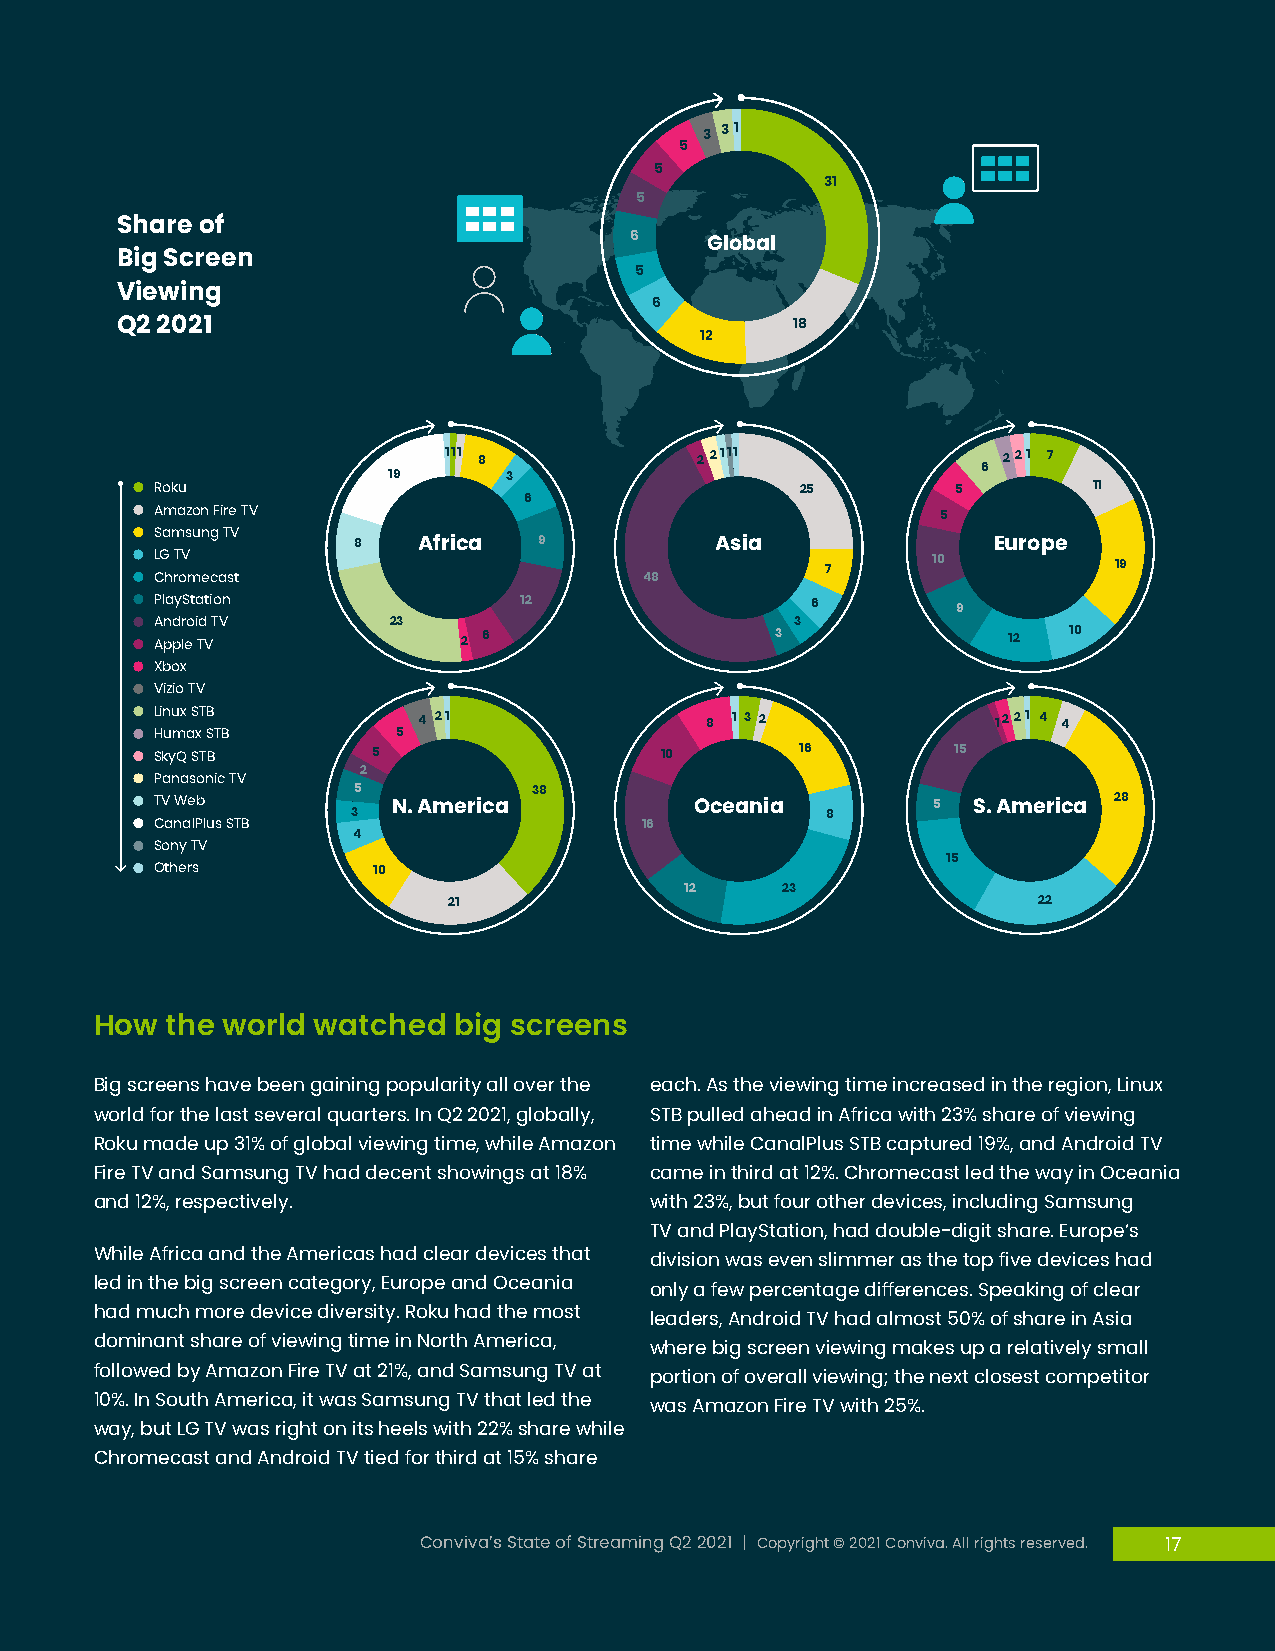
3
 31
 5
 5
 31
 5
 Share of
 6    Global
 Big Screen
 5
 Viewing
 6
 Q2 2021                                      18
 12
 111 8            22111               221 7
 6
 19      3
 Roku                                       25        5        11
 6
 Amazon Fire TV                                      5
 Samsung TV   8    Africa  9          Asia               Europe
 LG TV                                        7      10          19
 Chromecast                       48
 PlayStation             12                  6        9
 Android TV      23   2 6                 3 3             12  10
 Apple TV
 Xbox
 Vizio TV
 Linux STB         4 21               8 1 3 2            1221 4 4
 Humax STB       5
 SkyQ STB       5                  10       16        15
 2
 Panasonic TV
 5           38
 TV Web          N. America          Oceania         5 S. America 28
 3                               8
 CanalPlus STB                   16
 4
 Sony TV
 15
 Others         10
 12     23
 21                                     22
 How  the world watched  big screens
 Big screens have been gaining popularity all over the each. As the viewing time increased in the region, Linux
 world for the last several quarters. In Q2 2021, globally, STB pulled ahead in Africa with 23% share of viewing
 Roku made up 31% of global viewing time, while Amazon time while CanalPlus STB captured 19%, and Android TV
 Fire TV and Samsung TV had decent showings at 18% came in third at 12%. Chromecast led the way in Oceania
 and 12%, respectively.               with 23%, but four other devices, including Samsung
 TV and PlayStation, had double-digit share. Europe’s
 While Africa and the Americas had clear devices that
 division was even slimmer as the top five devices had
 led in the big screen category, Europe and Oceania
 only a few percentage differences. Speaking of clear
 had much more device diversity. Roku had the most
 leaders, Android TV had almost 50% of share in Asia
 dominant share of viewing time in North America,
 where big screen viewing makes up a relatively small
 followed by Amazon Fire TV at 21%, and Samsung TV at
 portion of overall viewing; the next closest competitor
 10%. In South America, it was Samsung TV that led the
 was Amazon Fire TV with 25%.
 way, but LG TV was right on its heels with 22% share while
 Chromecast and Android TV tied for third at 15% share
 Conviva’s State of Streaming Q2 2021 | Copyright © 2021 Conviva. All rights reserved. 17